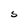
Character: S